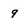
Character: 9